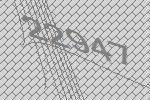
22947